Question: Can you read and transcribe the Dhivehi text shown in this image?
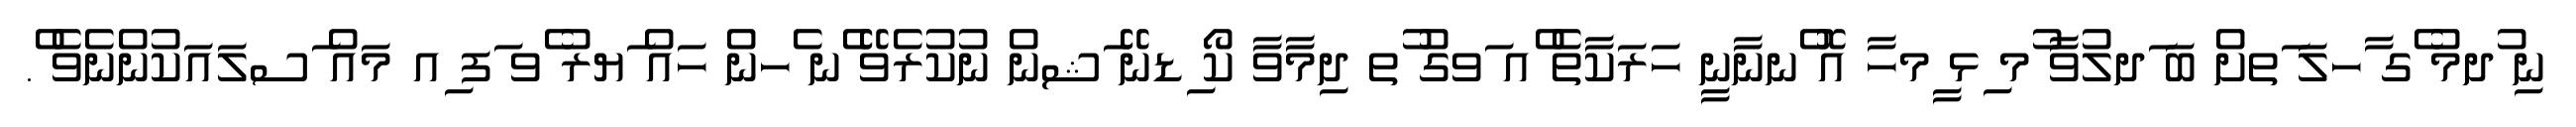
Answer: ނި ުދމު ެގ ާހލަ ަތށް ބަ ަދލުވާ ުމ ިޅ ީމހާ އޮ ްނނާނީ ހަރަކާތެ ްއ ަވގު ުތ ދިމާވާ ކޯ ިޑނޭ ަޝން ނުކުރެވޭ ެނ ެހން ހައް ަޔރު ެވ ަފ ިއ މައް ަސލައަކުންނެވެ ް.